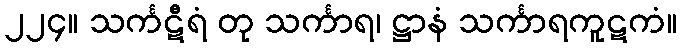
၂၂၄။ သင်္ကဋီရံ တု သင်္ကာရ၊ ဋ္ဌာနံ သင်္ကာရကူဋကံ။